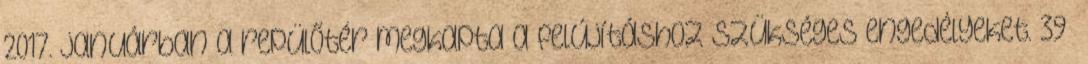
2017. januárban a repülőtér megkapta a felújításhoz szükséges engedélyeket. 39